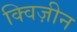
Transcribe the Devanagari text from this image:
क्विज़ीन